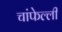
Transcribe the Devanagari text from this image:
चांफेल्ली